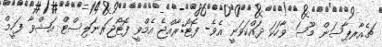
ޗެއާރޕާސަން މޫސަ ވާހަކަ ދައްކަވަނީ އެވެ- ފޮޓޯ:ރާއްޖެ އެމްވީ ފޮޓޯޖަރނަލިސްޓް އަޝްވާ ފަހީމް